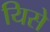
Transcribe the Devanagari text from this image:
यिसे